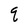
Character: q